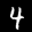
Label: 4